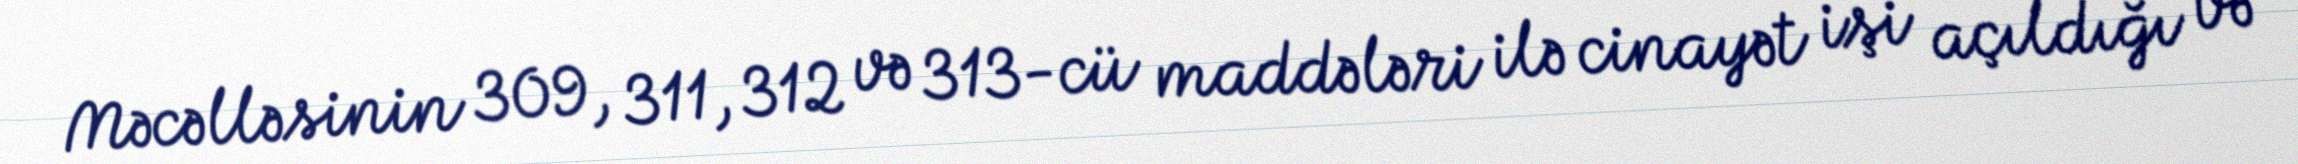
Məcəlləsinin 309, 311, 312 və 313-cü maddələri ilə cinayət işi açıldığı və